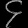
Digit: ၄